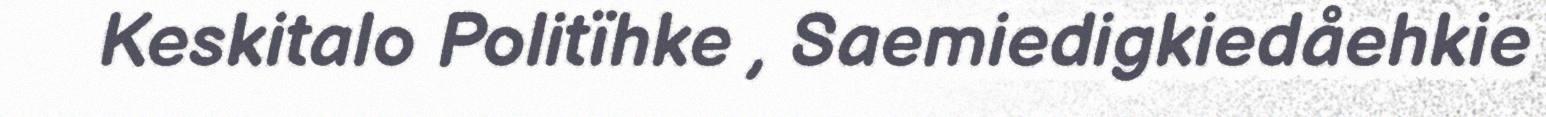
Keskitalo Politïhke , Saemiedigkiedåehkie